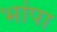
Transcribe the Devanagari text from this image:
भांपा